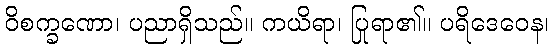
ဝိစက္ခဏော၊ ပညာရှိသည်။ ကယိရာ၊ ပြုရာ၏။ ပရိဒေဝေန၊